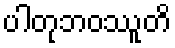
ပါတုဘဝဿူတိ